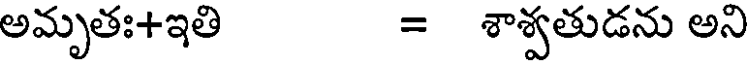
అమృతః+ఇతి = శాశ్వతుడను అని